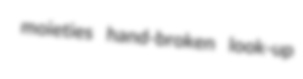
moieties hand-broken look-up